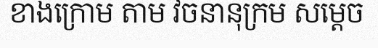
ខាងក្រោម តាម វចនានុក្រម សម្តេច